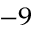
^ { - 9 }